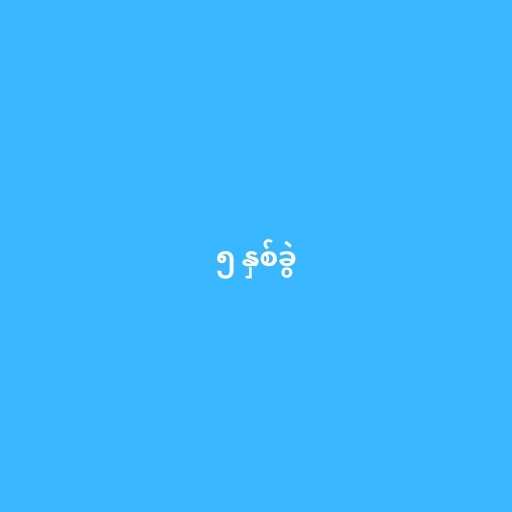
၅ နှစ်ခွဲ